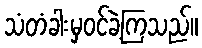
သံတံခါးမှဝင်ခဲ့ကြသည်။